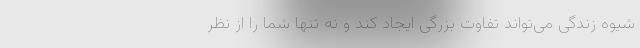
شیوه زندگی می‌تواند تفاوت بزرگی ایجاد کند و نه تنها شما را از نظر